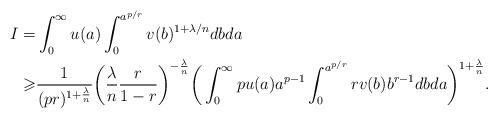
LaTeX: \begin{align*}I =& \int_0^\infty u(a) \int_0^{a^{p/r}} v(b)^{1+\lambda/n} db da \\ \geqslant &\frac1{(pr)^{1+\frac \lambda n}} \bigg(\frac\lambda n \frac r{1-r}\bigg)^{-\frac \lambda n} \bigg(\int_0^\infty p u(a) a^{p-1}\int_0^{a^{p/r}} r v(b)b^{r-1} db da\bigg)^{1+ \frac \lambda n}.\end{align*}